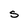
Character: S